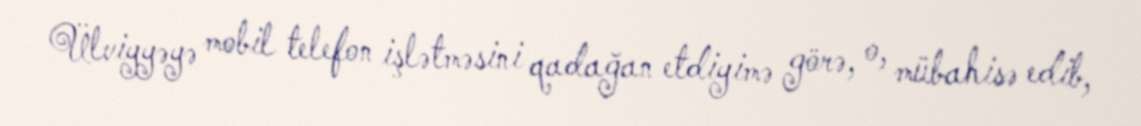
Ülviyyəyə mobil telefon işlətməsini qadağan etdiyimə görə, o, mübahisə edib,